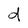
Character: d